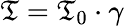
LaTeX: \mathfrak{T}=\mathfrak{T}_{0}\cdot\gamma